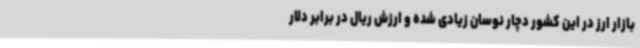
بازار ارز در این کشور دچار نوسان زیادی شده و ارزش ریال در برابر دلار